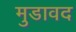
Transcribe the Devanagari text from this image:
मुडावद